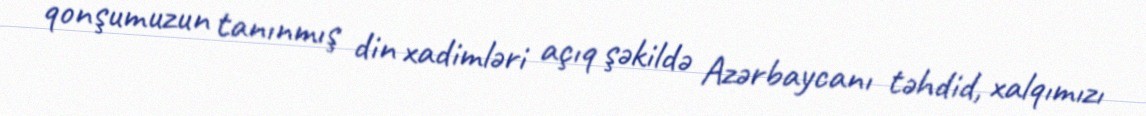
qonşumuzun tanınmış din xadimləri açıq şəkildə Azərbaycanı təhdid, xalqımızı